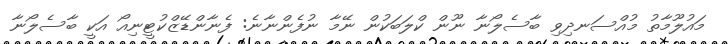
މައުލޫމާތު މުއްސަނދިވި ބާސެލޯނާ ނޫން ކްލަބަކުން ނޭމާ ނުފެންނާނެ: ފެނާންޑޭޒްކުޓީނިއޯ އަކީ ބާސެލޯނާ